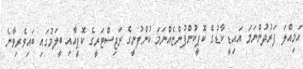
އަމިއްލަ ފަރުދުންނަމަ އައިޑީ ކާޑުގެ ކޮޕީކުންފުންޏެއްނަމަ ކުންފުނީގެ ރަޖިސްޓަރީގެ ކޮޕީއާއި ބީލަމުގައި ބައިވެރިވާނެ